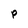
Character: P